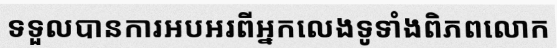
ទទួលបានការអបអរពីអ្នកលេងទូទាំងពិភពលោក